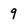
Character: 9